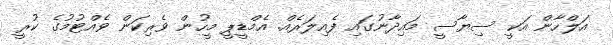
އަލްހާން އަކީ ސިޔާސީ މައިދާނުގައި ފެއިލަރެއް. އެމްޑީޕީ މީހުން ވެރިކަން ވެއްޓުމުގެ ކުރީ